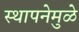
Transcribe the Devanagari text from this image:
स्थापनेमुळे